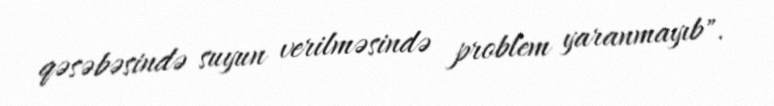
qəsəbəsində suyun verilməsində problem yaranmayıb".